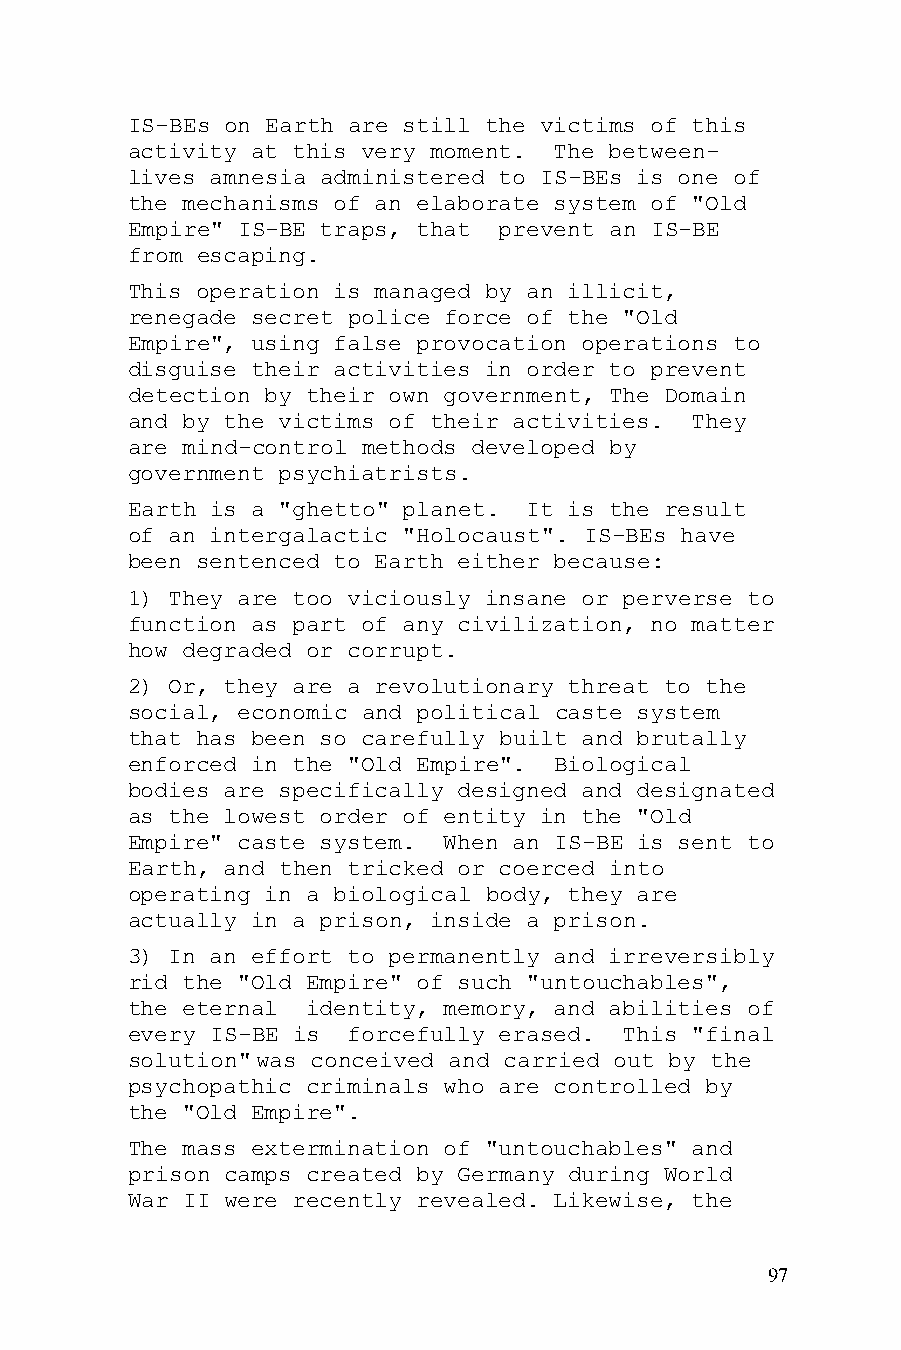
IS-BEs on Earth are still the victims of this
 activity at this very moment. The between-
 lives amnesia administered to IS-BEs is one of
 the mechanisms of an elaborate system of "Old
 Empire" IS-BE traps, that prevent an IS-BE
 from escaping.
 This operation is managed by an illicit,
 renegade secret police force of the "Old
 Empire", using false provocation operations to
 disguise their activities in order to prevent
 detection by their own government, The Domain
 and by the victims of their activities. They
 are mind-control methods developed by
 government psychiatrists.
 Earth is a "ghetto" planet. It is the result
 of an intergalactic "Holocaust". IS-BEs have
 been sentenced to Earth either because:
 1) They are too viciously insane or perverse to
 function as part of any civilization, no matter
 how degraded or corrupt.
 2) Or, they are a revolutionary threat to the
 social, economic and political caste system
 that has been so carefully built and brutally
 enforced in the "Old Empire". Biological
 bodies are specifically designed and designated
 as the lowest order of entity in the "Old
 Empire" caste system. When an IS-BE is sent to
 Earth, and then tricked or coerced into
 operating in a biological body, they are
 actually in a prison, inside a prison.
 3) In an effort to permanently and irreversibly
 rid the "Old Empire" of such "untouchables",
 the eternal identity, memory, and abilities of
 every IS-BE is forcefully erased. This "final
 solution" was conceived and carried out by the
 psychopathic criminals who are controlled by
 the "Old Empire".
 The mass extermination of "untouchables" and
 prison camps created by Germany during World
 War II were recently revealed. Likewise, the
 97